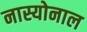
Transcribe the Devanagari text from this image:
नास्योनाल